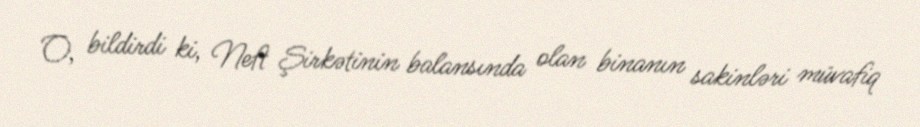
O, bildirdi ki, Neft Şirkətinin balansında olan binanın sakinləri müvafiq